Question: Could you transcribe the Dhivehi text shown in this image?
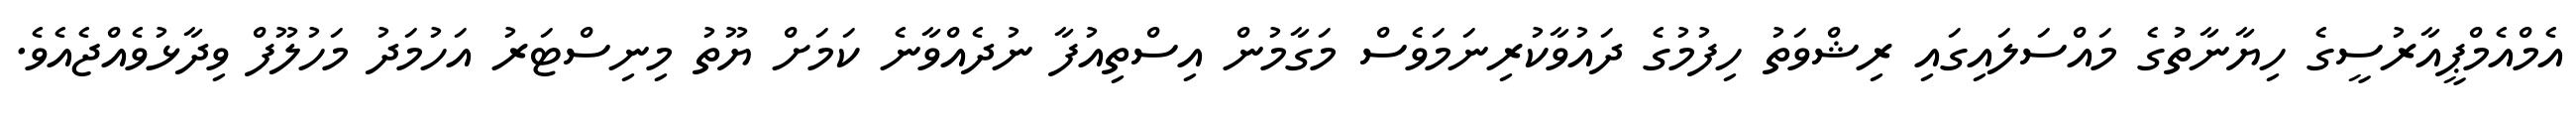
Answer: އެމްއެމްޕީއާރުސީގެ ހިޔާނާތުގެ މައްސަލައިގައި ރިޝްވަތު ހިފުމުގެ ދައުވާކުރިނަމަވެސް މަގާމުން އިސްތިއުފާ ނުދެއްވާނެ ކަމަށް ޔޫތު މިނިސްޓަރު އަހުމަދު މަހުލޫފް ވިދާޅުވެއްޖެއެވެ.